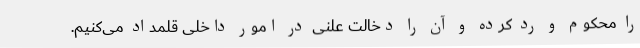
را محکوم و رد کرده و آن را دخالت علنی در امور داخلی قلمداد می‌کنیم.